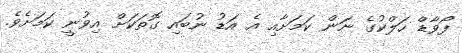
ފޯވާޑް ހަލްކުގެ ނަން ކަމަށާއި އެ އަޑު ނުބައި ގޮތަކަށް އިވުނީ ކަމަށެވެ.